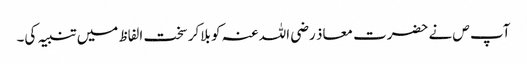
آپ ص نے حضرت معاذ رضی اللہ عنہ کو بلاکر سخت الفاظ میں تنبیہ کی۔